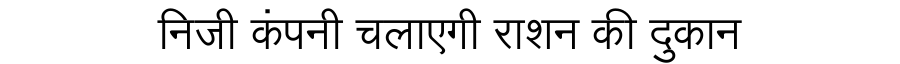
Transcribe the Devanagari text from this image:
निजी कंपनी चलाएगी राशन की दुकान